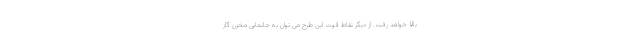
بالا خواهد رفت. از دیگر نقاط قوت این طرح می توان به جانمایی مخزن گاز